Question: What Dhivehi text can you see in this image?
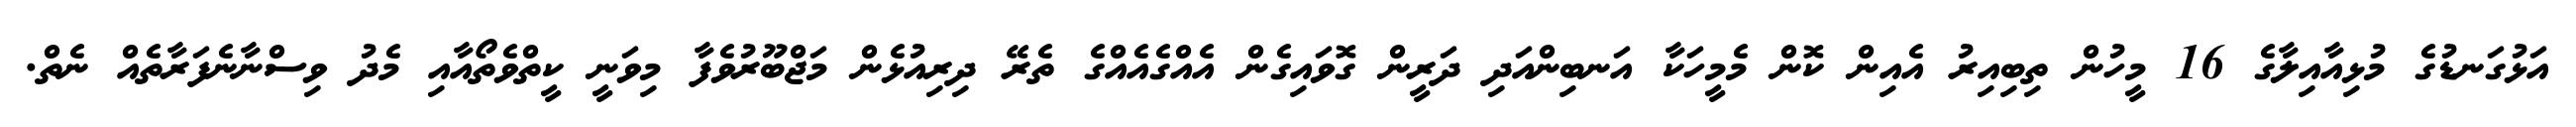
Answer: އަޅުގަނޑުގެ މުޅިއާއިލާގެ 16 މީހުން ތިބިއިރު އެއިން ކޮން މެމީހަކާ އަނބިންއަދި ދަރީން ގޮވައިގެން އެއްގެއެއްގެ ތެރޭ ދިރިއުޅެން މަޖްބޫރުވެފާ މިވަނީ ކީތްވެތޯއާއި މެދު ވިސްނާނެފަރާތެއް ނެތް.